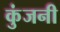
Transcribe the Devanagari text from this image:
कुंजनी